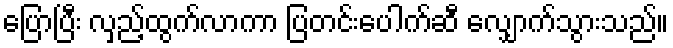
ပြောပြီး လှည့်ထွက်လာကာ ပြတင်းပေါက်ဆီ လျှောက်သွားသည်။